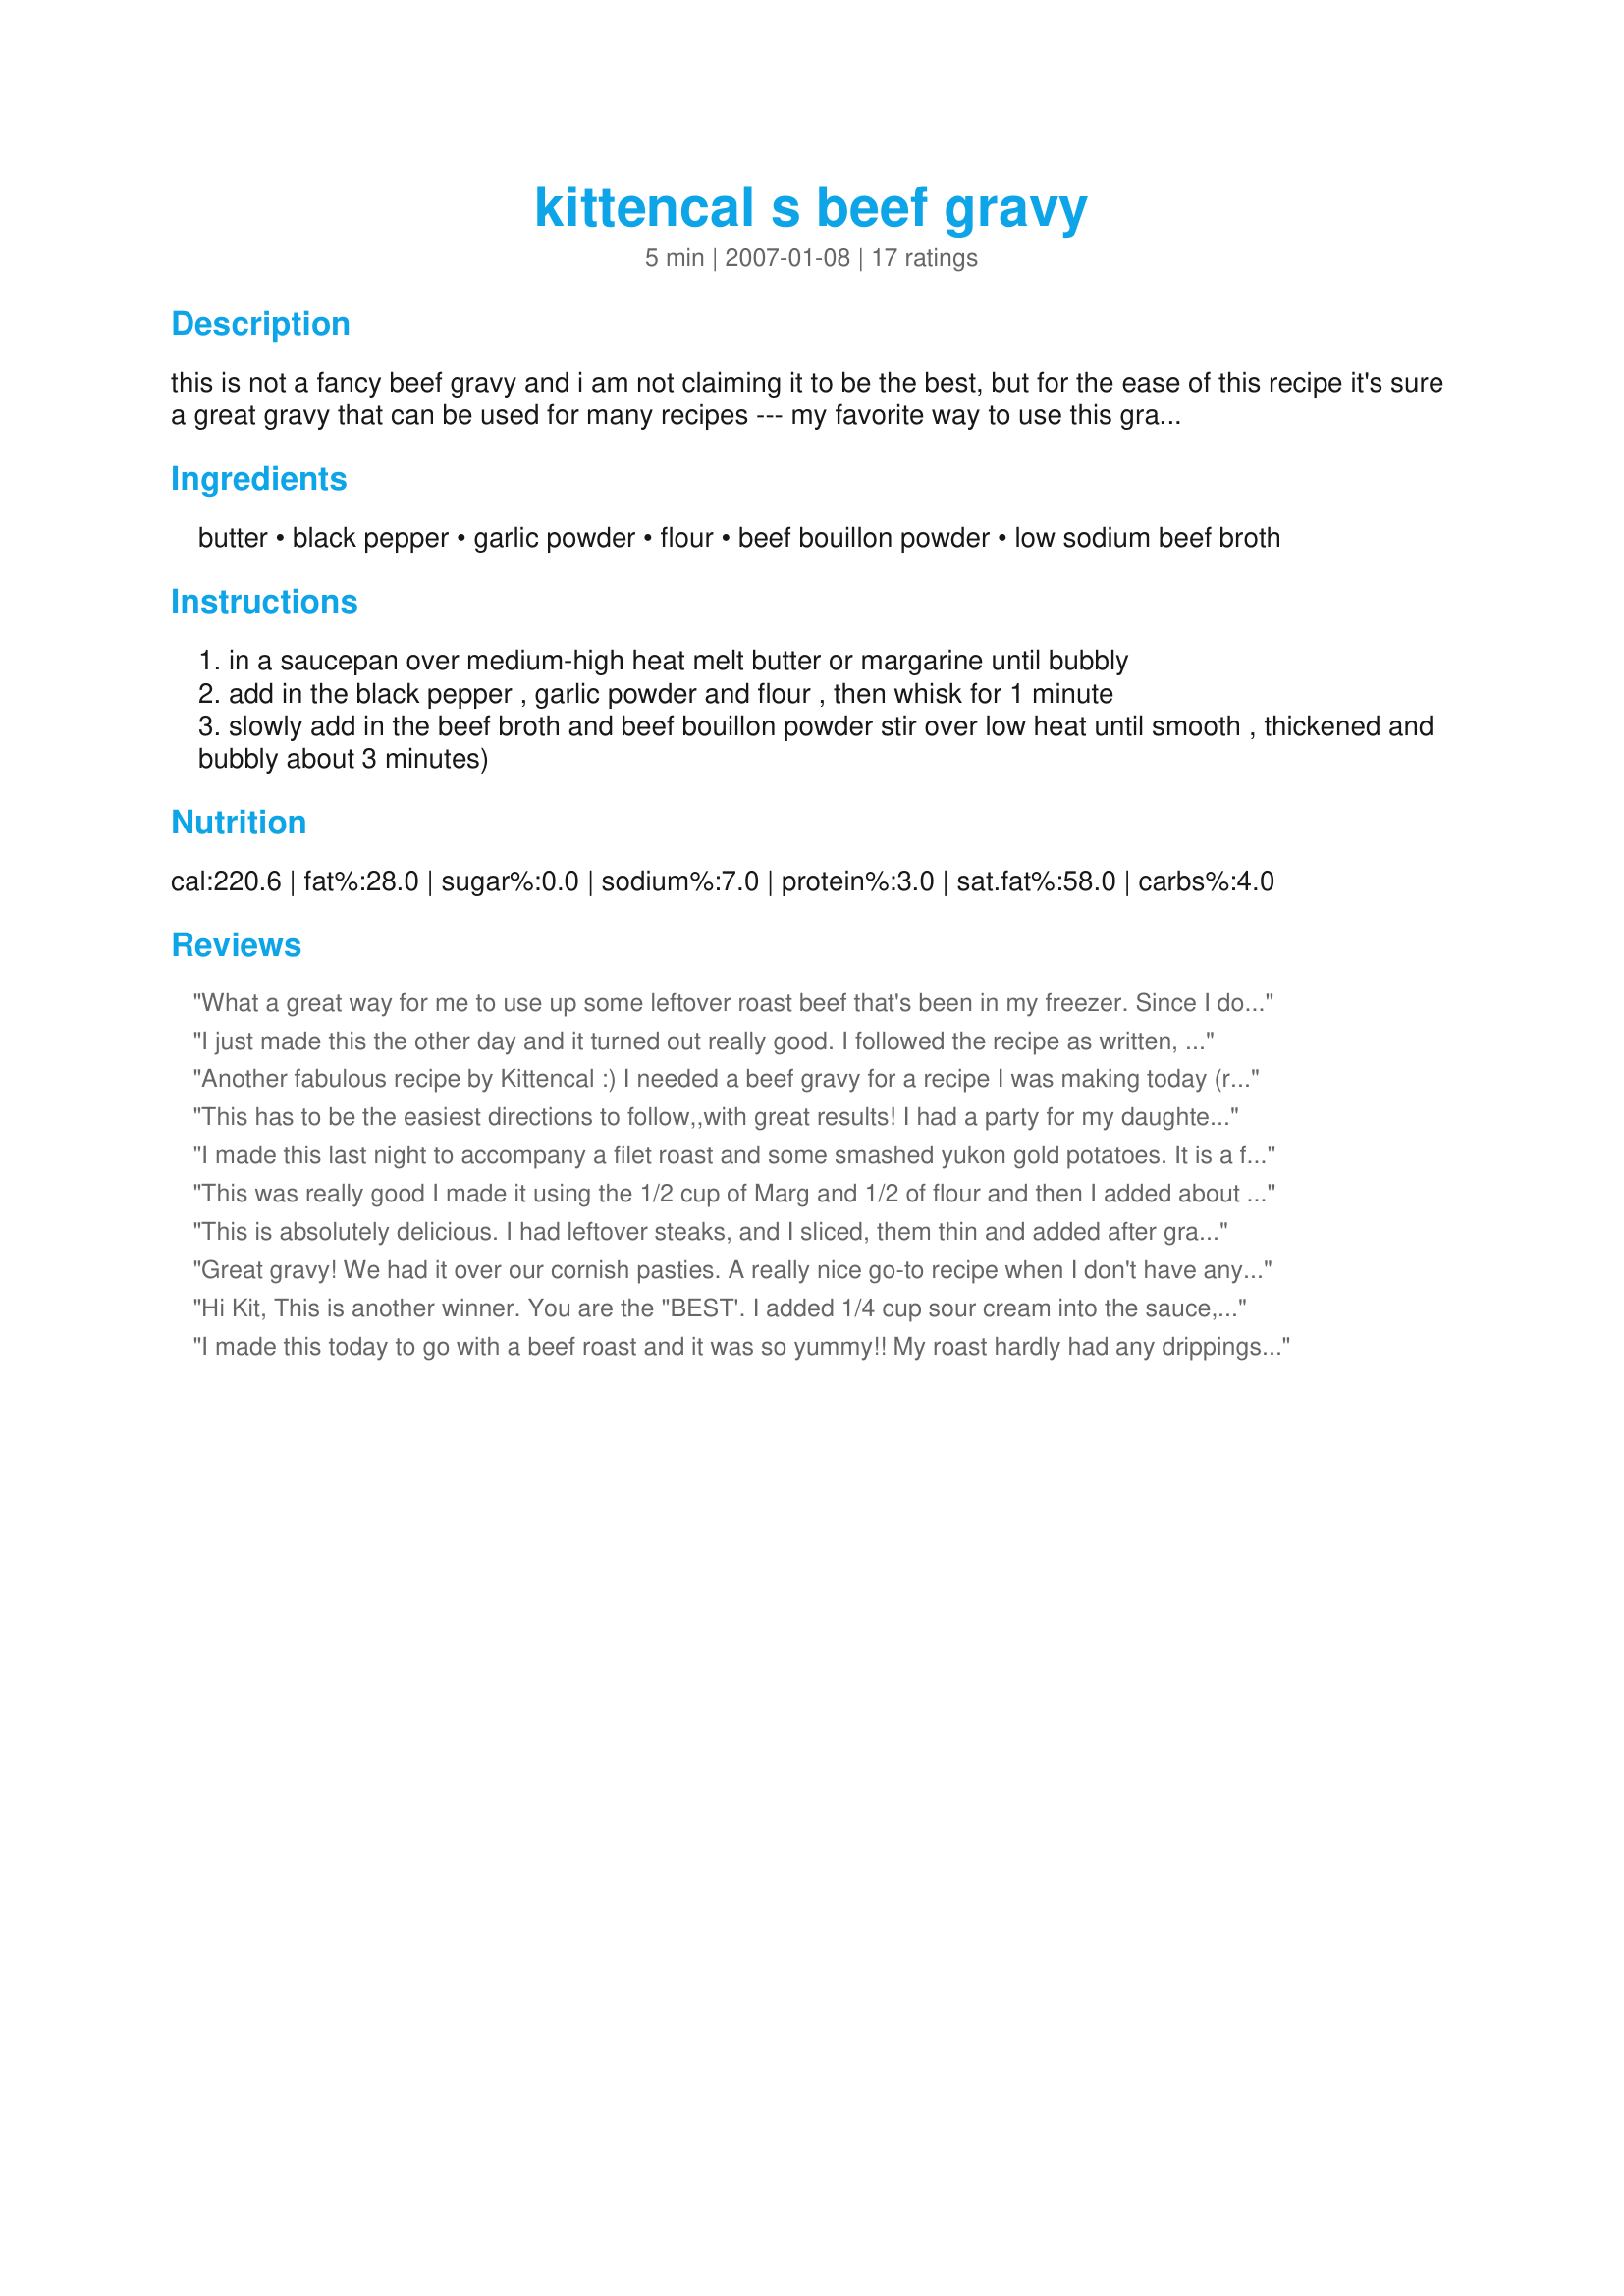
kittencal s beef gravy
Preparation time: 5 minutes

this is not a fancy beef gravy and i am not claiming it to be the best, but for the ease of this recipe it's sure a great gravy that can be used for many recipes --- my favorite way to use this gravy is prepare as directed then add in slices of cooked leftover beef roast, steak or cooked meatballs to hot gravy, then serve on toasted buns with mashed potatoes--- the amount of flour listed will give you a thick gravy if you prefer a thinner gravy reduce the flour by 1 to 1-1/2 tablespoons --- do not add any salt if desired it may be added in at the end of cooking --- also see my recipe#145064

Ingredients:
butter, black pepper, garlic powder, flour, beef bouillon powder, low sodium beef broth

Steps:
in a saucepan over medium-high heat melt butter or margarine until bubbly
add in the black pepper , garlic powder and flour , then whisk for 1 minute
slowly add in the beef broth and beef bouillon powder stir over low heat until smooth , thickened and bubbly about 3 minutes)

Reviews:
What a great way for me to use up some leftover roast beef that's been in my freezer. Since I don't eat meat I only have my son's opinions.... They said they loved it because of how thick it was. Very tasty also. I put this one right into my cookbook to use again and again. Thanks Kitten!
I just made this the other day and it turned out really good. I followed the recipe as written, put over meatloaf and mashed potatoes. A real winner! But then I havn't ever been disappointed with any recipe of yours Kitt.
Another fabulous recipe by Kittencal :) I needed a beef gravy for a recipe I was making today (recipe#214223) and I came across this recipe. It worked GREAT in the recipe I made. Thanks so much for sharing this recipe Kitten! :)
This has to be the easiest directions to follow,,with great results! I had a party for my daughter who turned 13,,,picky eater especially w/ her meat, potatoes and gravy loving. Well,,,I caught her eating this gravy by the spoonfuls and licking it clean. That was cold gravy to! I used a wire whisk and it came out perfect using the 2 tablespoons of flour. Thank you Kitten for ANOTHER great recipe.
I made this last night to accompany a filet roast and some smashed yukon gold potatoes. It is a fast and simple recipe, but it is really flavorful and has a perfect consistency, just awesome. I only made a few tiny changes due to supplies I had on hand. I had a big bag of crimini mushrooms that I added at the end. I also used organic beef base in place of the bullion and stock, and it worked beautifully. I will use this recipe again and again.
This was really good I made it using the 1/2 cup of Marg and 1/2 of flour and then I added about 5 cups of drippongs from the roast. Seasoned it with Mc Cormicks Grilling mates (montreal steak).
This is absolutely delicious. I had leftover steaks, and I sliced, them thin and added after gravy thickened up! Absolutely superb over mashed potatoes.
Great gravy! We had it over our cornish pasties. A really nice go-to recipe when I don't have any beef gravy on hand. Thanks!
Hi Kit,
 This is another winner. You are the "BEST'. I added 1/4 cup sour cream into the sauce, a tsp. of cayenne, a few tbsps. of heavy cream and my DH love it. Sooooo yumm-o. Thank you, thank you, thank you. BIG HUGS FROM GLEN OF ARIZONA.
I made this today to go with a beef roast and it was so yummy!! My roast hardly had any drippings, and I didn't have any beef stock on hand so I followed the recipe with the following substitions: I used chicken stock (and beef bouillon powder), and then I added a dash of Kitchen Bouquet for color and it was superb.
What an awesome gravy to adorn the top of Recipe #238069. We loved it on our mashed potatoes too! I won't use any other now that I have this one to use!
Yum! I made this to go with recipe #230311 and it was perfect! I didn't have bouillon at home, and being too lazy to make a special trip to the store just for bouillon cubes, I added a spoonful of commercial gravy to the mix and didn't miss the bouillon at all. This is so easy and delicious it'll be my go to gravy recipe.
This made a rich beef tasting gravy. I used it with leftover roast beef to make an open face sandwich. Delicious.
Thanks KITTENCAL.

Bullwinkle
Thanks for this simple beef gravy recipe. It will come in handy again I'm sure.
Good, basic recipe.
I made this gravy using the drippings in the pan from making Recipe #238069. The gravy and roast were excellent! I like using the bouillon powder instead of the cubes because it doesn't seem as salty. This gravy was loved by all made following the recipe exactly!
thank you Kit this gravy is excellent, I used it with leftover beef as you suggested, great tip served with French Fries, thanks Kit.
